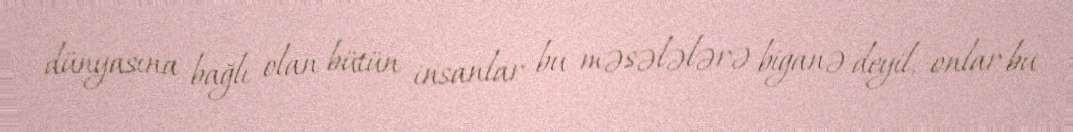
dünyasına bağlı olan bütün insanlar bu məsələlərə biganə deyil, onlar bu